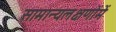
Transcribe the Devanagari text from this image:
सामान्यलक्षणोंमें